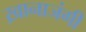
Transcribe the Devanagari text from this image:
ख़ानाजंगी